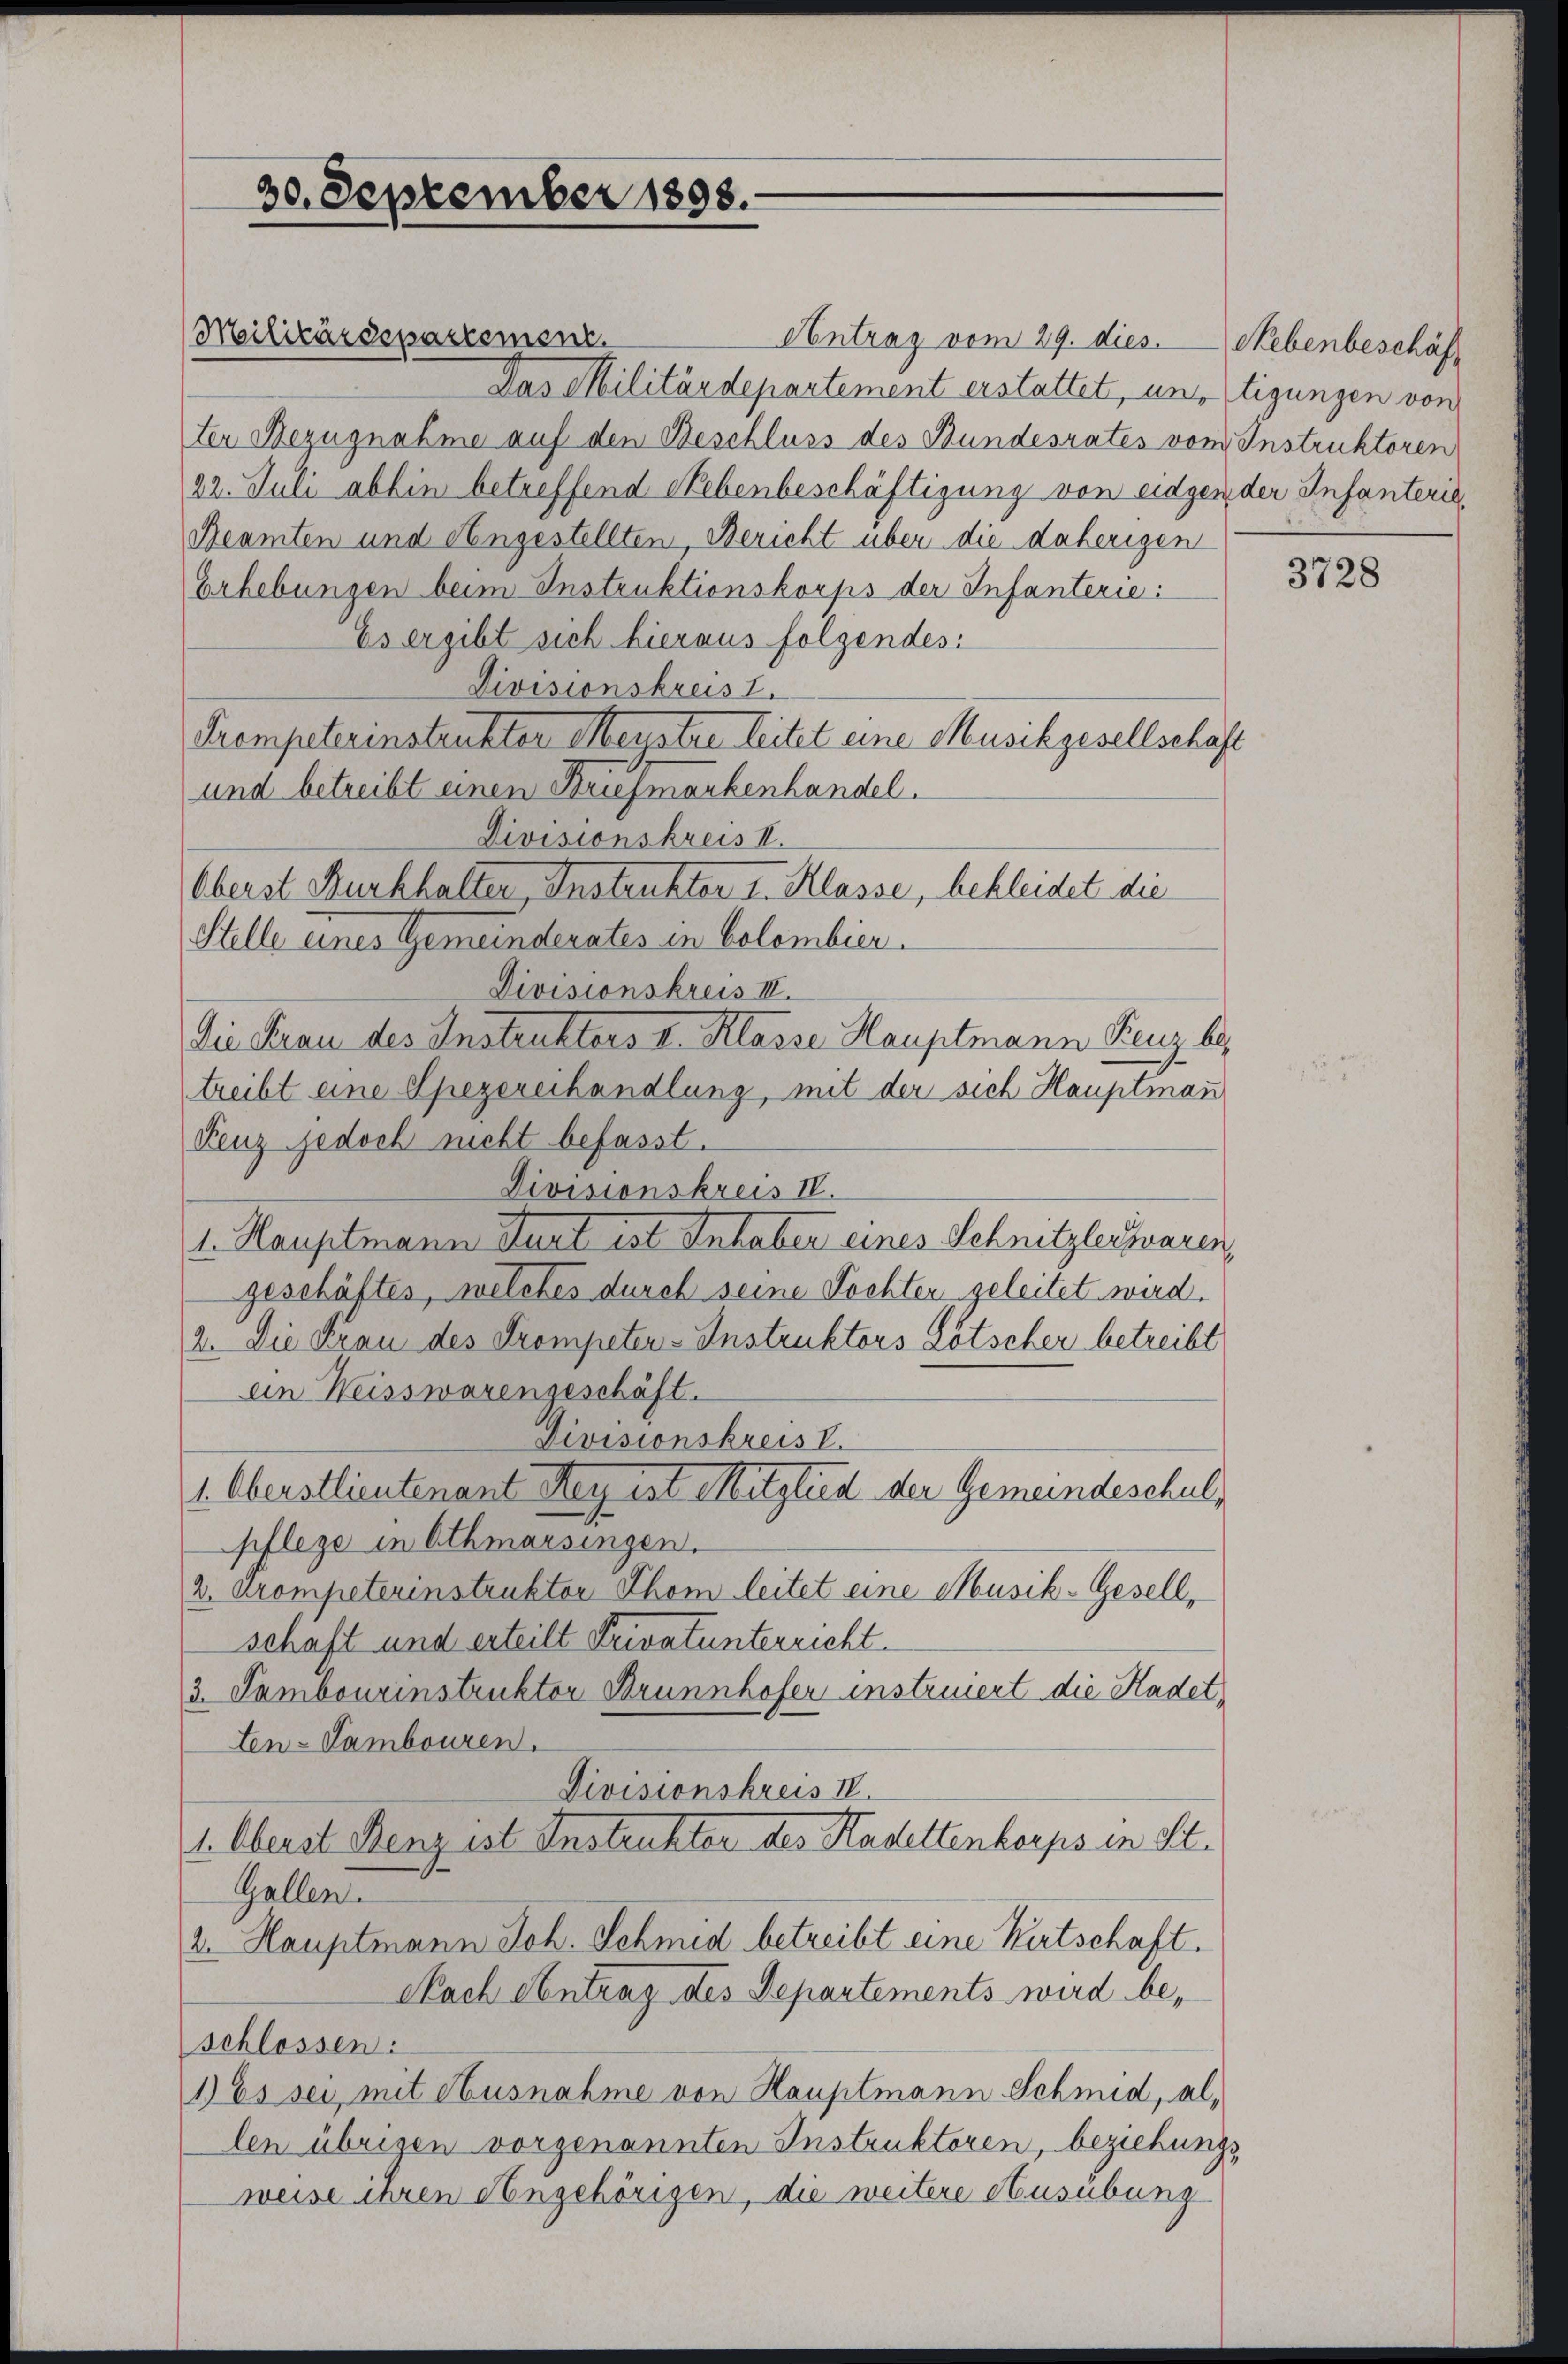
30. September 1898.

Antrag vom 29. dies. Nebenbeschäft
Das Militärdepartement erstattet, unstigungen von
ten Bezugnahme auf den Beschluss des Bundesrates von Instruktoren
22. Juli abhin betreffend Nebenbeschäftigung von eidgen der Infanteris
Beamten und Angestellten, Bericht über die daherigen
Erhebungen beim Instruktionskorps der Infanterie
Es ergibt sich hieraus folgendes:
Divisionskreis I.
Trompeterinstrukter Menstre leitet eine Musikgesellschaft
und betreibt einen Briefmankenhandel.
Divisionskreis II.
Oberst Burkhalter, Instrukter I. Klasse, bekleidet die
Stelle eines Gemeinderates in Colembier.
Divisionskreis III.
Die Frau des Instruktors I. Klasse Hauptmann Kreuz. 69
treibt eine Spezereihandlung, mit der sich Hauptman
Feuz jedoch nicht befasst.
Divisionskreis IV.
1. Hauptmann Gurt ist Inhaber eines Schnitzler waren,
geschäftes, welches durch seine Tochten geleitet wird.
2. Die Frau des Trompeten-Instruktors Lötscher betreibt
ein Weisswarengeschäft.
Divisionskreis V.
1. Oberstlieutenant Hey ist Mitglied der Gemeindeschulpflege in Othmarsingen.
2. Krompeterinstruktor Thom leitet eine Musik-Gesell,
schaft und erteilt Privatunterricht.
3. Tambourinstruktor Brunnhofer instruiert die Kadet
ten-Tambouren.
Divisionskreis IV.
1. Oberst Benz ist Instruktor des Kadettenkorps in St.
Gallen.
2. Hauptmann Joh. Schmid betreibt eine Wirtschaft.
Nach Antrag des Departements wird beschlossen:
1) Es sei, mit Ausnahme von Hauptmann Schmid, allen übrigen vorgenannten Instruktoren, beziehungs
weise ihren Angehörigen, die weitere Ausübung

Militärdepartement.

3728